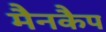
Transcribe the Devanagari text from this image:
मैनकैप